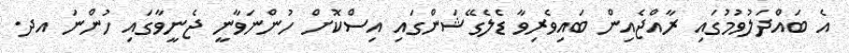
އެ ބައްދަލުވުމުގައި ރާއްޖެއިން ބައިވެރިވާ ޑެލެގޭޝަންގައި އިސްކޮށް ހުންނަވާނީ ޖެނީވާގައި ހުންނަ އދ.